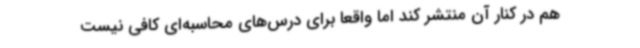
هم در کنار آن منتشر کند اما واقعاً برای درس‌های محاسبه‌ای کافی نیست